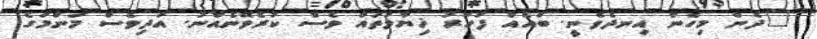
"ދެން މިހެން އިނދެވެނީ. ބައެއް ފަހަރު ޚިޔާލުތައް ވެސް ކުރެވޭނެއްނު. އަދިވެސް މަންމަގެ